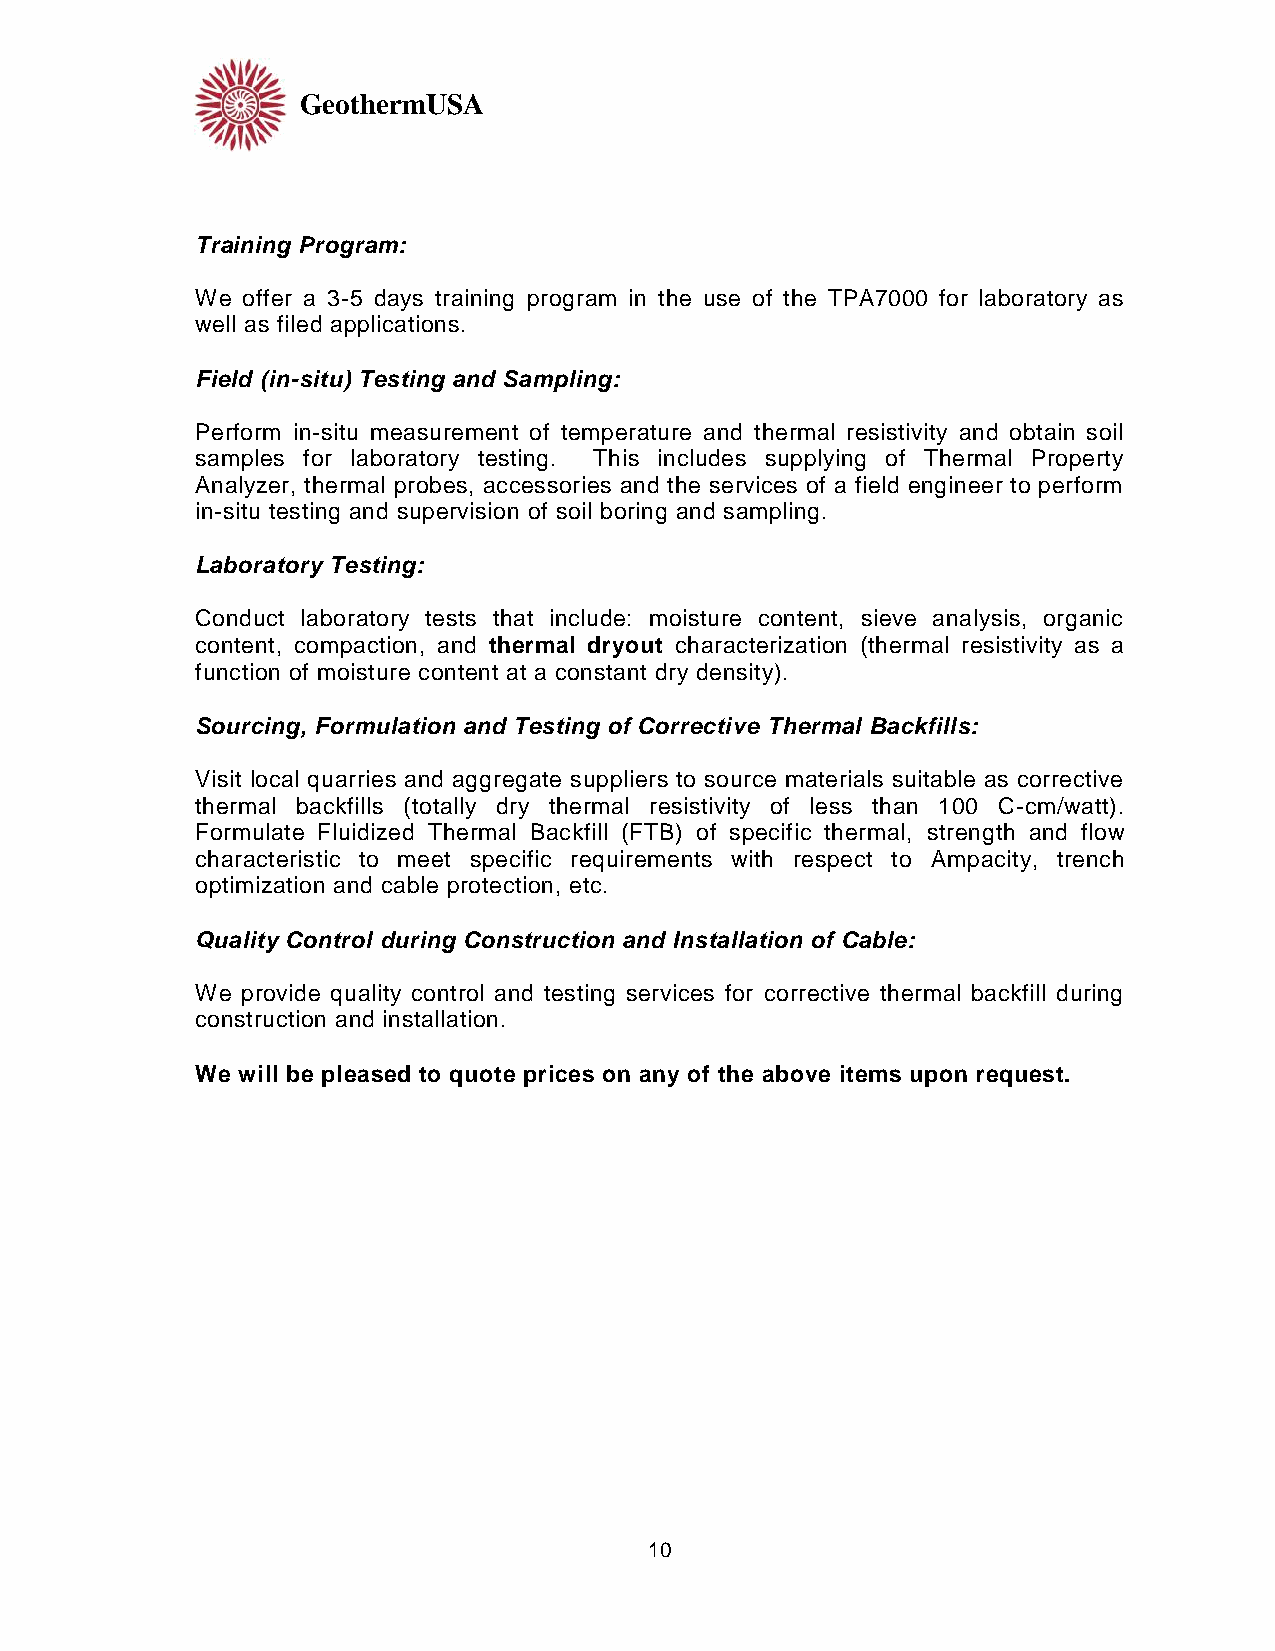
GeothermUSA
 Training Program:
 We offer a 3-5 days training program in the use of the TPA7000 for laboratory as
 well as filed applications.
 Field (in-situ) Testing and Sampling:
 Perform in-situ measurement of temperature and thermal resistivity and obtain soil
 samples for laboratory testing. This includes supplying of Thermal Property
 Analyzer, thermal probes, accessories and the services of a field engineer to perform
 in-situ testing and supervision of soil boring and sampling.
 Laboratory Testing:
 Conduct laboratory tests that include: moisture content, sieve analysis, organic
 content, compaction, and thermal dryout characterization (thermal resistivity as a
 function of moisture content at a constant dry density).
 Sourcing, Formulation and Testing of Corrective Thermal Backfills:
 Visit local quarries and aggregate suppliers to source materials suitable as corrective
 thermal backfills (totally dry thermal resistivity of less than 100 C-cm/watt).
 Formulate Fluidized Thermal Backfill (FTB) of specific thermal, strength and flow
 characteristic to meet specific requirements with respect to Ampacity, trench
 optimization and cable protection, etc.
 Quality Control during Construction and Installation of Cable:
 We provide quality control and testing services for corrective thermal backfill during
 construction and installation.
 We will be pleased to quote prices on any of the above items upon request.
 10